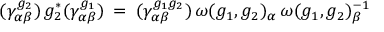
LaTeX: ( \gamma _ { \alpha \beta } ^ { g _ { 2 } } ) \, g _ { 2 } ^ { * } ( \gamma _ { \alpha \beta } ^ { g _ { 1 } } ) \: = \: ( \gamma _ { \alpha \beta } ^ { g _ { 1 } g _ { 2 } } ) \, \omega ( g _ { 1 } , g _ { 2 } ) _ { \alpha } \, \omega ( g _ { 1 } , g _ { 2 } ) _ { \beta } ^ { - 1 }